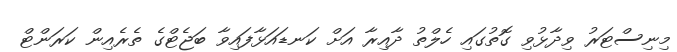
މިނިސްޓަރު ވިދާޅުވި ގޮތުގައި ހެލްތު ދާއިރާ އަށް ކަނޑައަޅާފައިވާ ބަޖެޓްގެ ތެރެއިން ކަރަންޓް